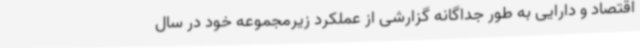
اقتصاد و دارایی به طور جداگانه گزارشی از عملکرد زیرمجموعه خود در سال